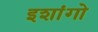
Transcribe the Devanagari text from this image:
इशांगो